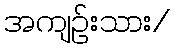
အကျဉ်းသား/